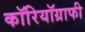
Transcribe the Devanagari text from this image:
कॉरियॉग्राफी